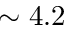
\sim 4 . 2